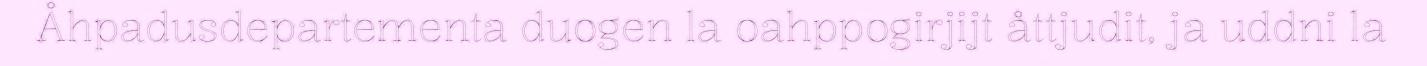
Åhpadusdepartementa duogen la oahppogirjijt åttjudit, ja uddni la